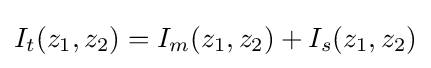
I_{t}(z_{1},z_{2})=I_{m}(z_{1},z_{2})+I_{s}(z_{1},z_{2})